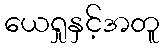
ယေရှုနှင့်အတူ